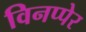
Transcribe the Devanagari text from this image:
विनप्पेर